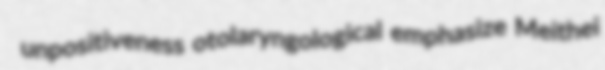
unpositiveness otolaryngological emphasize Meithei